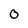
Character: 0